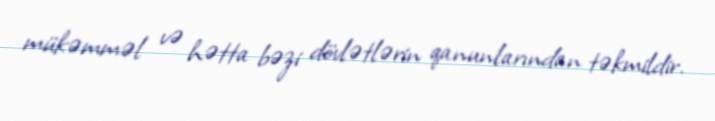
mükəmməl və hətta bəzi dövlətlərin qanunlarından təkmildir.